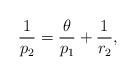
LaTeX: \begin{align*} \frac{1}{p_2}=\frac{\theta}{p_1}+\frac{1}{r_2}, \end{align*}